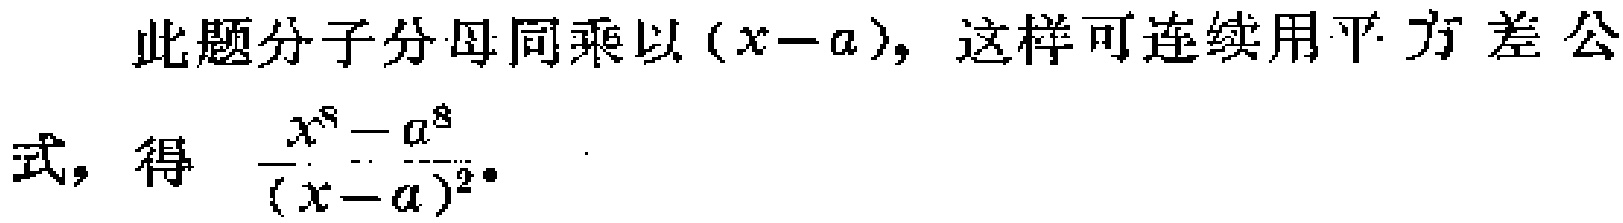
此题分子分母同乘以\((x - a)\)，这样可连续用平方差公式，得 \(\frac{x^{8}-a^{8}}{(x - a)^{2}}\)。